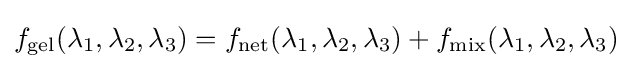
f_{\text{gel}}(\lambda _{1},\lambda _{2},\lambda _{3})=f_{\text{net}}(\lambda _{1},\lambda _{2},\lambda _{3})+f_{\text{mix}}(\lambda _{1},\lambda _{2},\lambda _{3})